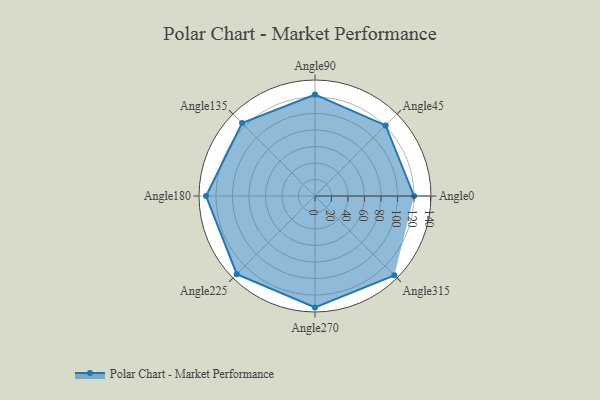
{"axis": {"x": "Angle", "y": "Radius"}, "legend": [""], "data": [{"x": "Angle0", "y": 120.0, "type": ""}, {"x": "Angle45", "y": 121.0, "type": ""}, {"x": "Angle90", "y": 123.0, "type": ""}, {"x": "Angle135", "y": 125.0, "type": ""}, {"x": "Angle180", "y": 132.0, "type": ""}, {"x": "Angle225", "y": 134.0, "type": ""}, {"x": "Angle270", "y": 135.0, "type": ""}, {"x": "Angle315", "y": 136.0, "type": ""}]}